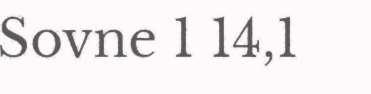
Sovne 1 14,1